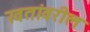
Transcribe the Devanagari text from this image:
खतांवरील